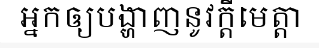
អ្នកឲ្យបង្ហាញនូវក្តីមេត្តា